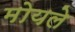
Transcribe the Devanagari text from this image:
मोयले